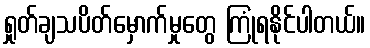
ရှုတ်ချသပိတ်မှောက်မှုတွေ ကြုံရနိုင်ပါတယ်။